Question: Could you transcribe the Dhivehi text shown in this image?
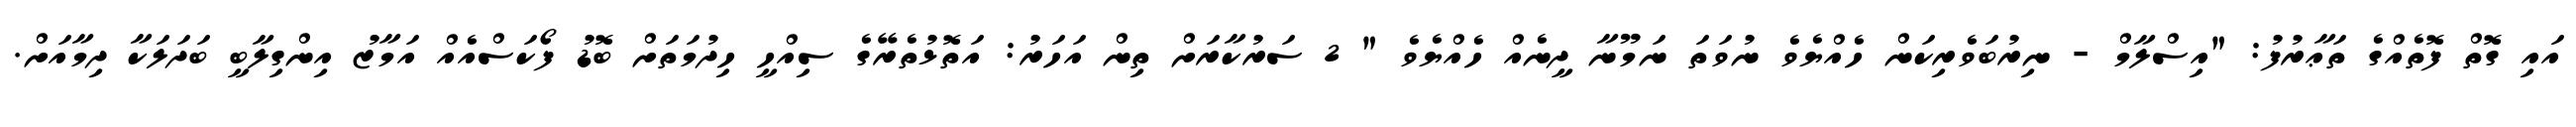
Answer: އައި ގޮތް ފޮތެއްގެ ތަޢާރުފު: "އިސްލާމް - ނިރުބަވެރިކަން ހެއްޔެވެ ނުވަތަ ނަމޫނާ ދީނެއް ހެއްޔެވެ " 2 ސަރުކާރަށް ތިން އަހަރު: އަތޮޅުތެރޭގެ ސިއްހީ ހިދުމަތަށް ބޮޑު ފޯކަސްއެއް އަމާޒު އިންގިލާބީ ބަދަލަކާ ދިމާއަށް.